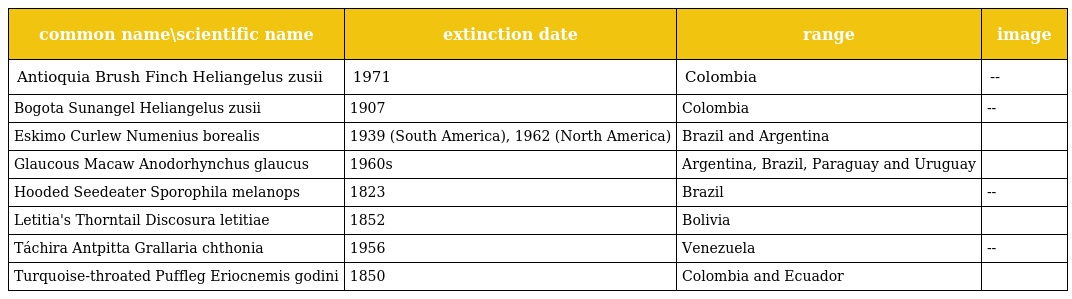
| common name\scientific name | extinction date | range | image |
 | --- | --- | --- | --- |
 | Antioquia Brush Finch Heliangelus zusii | 1971 | Colombia | -- |
 | Bogota Sunangel Heliangelus zusii | 1907 | Colombia | -- |
 | Eskimo Curlew Numenius borealis | 1939 (South America), 1962 (North America) | Brazil and Argentina |  |
 | Glaucous Macaw Anodorhynchus glaucus | 1960s | Argentina, Brazil, Paraguay and Uruguay |  |
 | Hooded Seedeater Sporophila melanops | 1823 | Brazil | -- |
 | Letitia's Thorntail Discosura letitiae | 1852 | Bolivia |  |
 | Táchira Antpitta Grallaria chthonia | 1956 | Venezuela | -- |
 | Turquoise-throated Puffleg Eriocnemis godini | 1850 | Colombia and Ecuador |  |